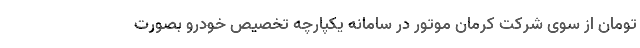
تومان از سوی شرکت کرمان موتور در سامانه یکپارچه تخصیص خودرو بصورت